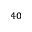
^ { 4 0 }